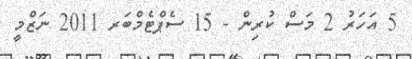
5 އަހަރު 2 މަސް ކުރިން - 15 ސެޕްޓެމްބަރ 2011 ނަޒްމީ